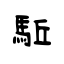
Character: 駈